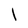
Character: I